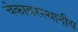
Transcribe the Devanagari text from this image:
चेकावरस्थानीय